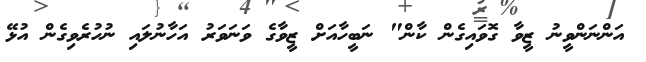
އަންނަންވީނު ޒީވާ ގޮވައިގެން ކާން" ނަބީހާއަށް ޒީވާގެ ވަނަވަރު އަހާނުލައި ނުހުރެވިގެން އުޅޭ